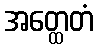
အတ္ထေတံ